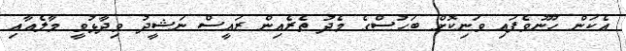
އެކަން ހޫނުވެފައި ވަނިކޮށް ބަހުސްގެ މެދު ތެރެއިން ރައީސް ނަޝީދު ވިދާޅުވީ މާލެއާއި